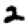
Digit: 2